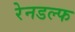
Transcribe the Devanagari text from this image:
रेनडल्फ